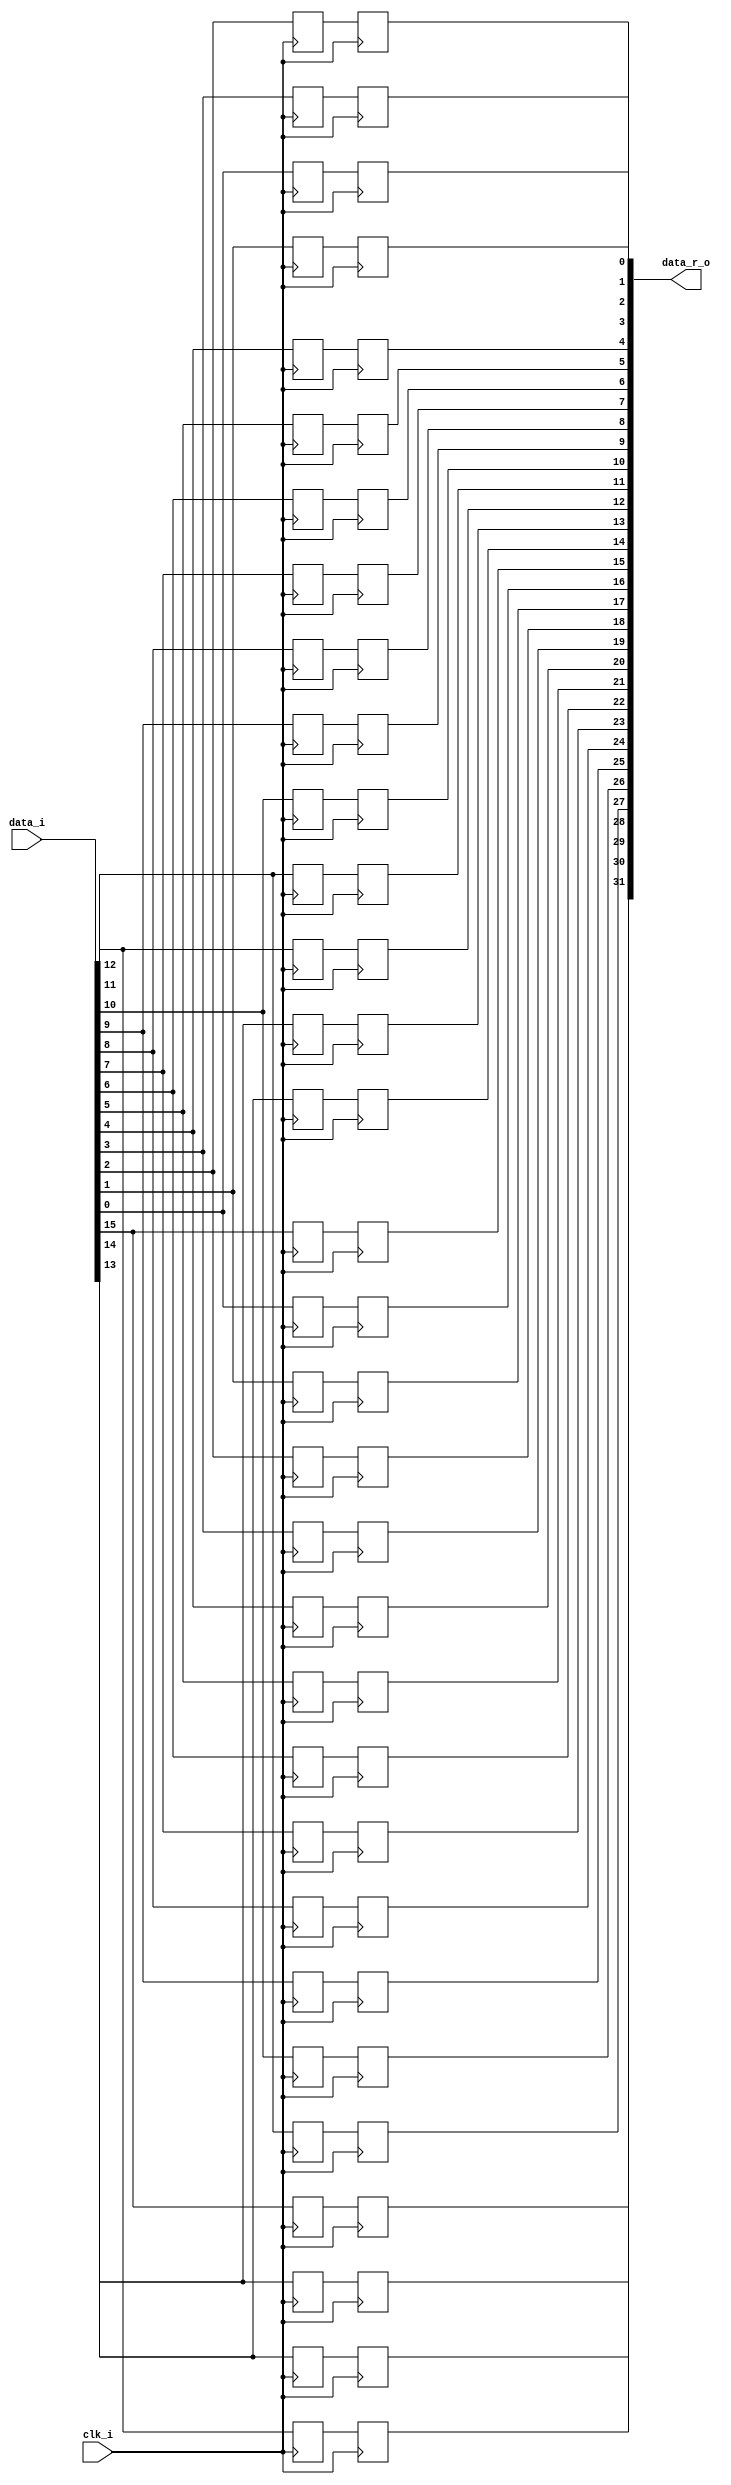
/* Generated by Yosys 0.27+9 (git sha1 101d19bb6, gcc 11.2.0-7ubuntu2 -fPIC -Os) */

(* top =  1  *)

module bsg_link_iddr_phy(clk_i, data_i, data_r_o);
  
  input clk_i;
  wire clk_i;
  
  input [15:0] data_i;
  wire [15:0] data_i;
  
  reg [15:0] data_n_r;
  
  reg [15:0] data_p_r;
  
  output [31:0] data_r_o;
  wire [31:0] data_r_o;
  
  reg [31:0] data_rr;
  (* \always_ff  = 32'd1 *)
  
  always @(posedge clk_i)
    data_rr[16] <= data_n_r[0];
  (* \always_ff  = 32'd1 *)
  
  always @(posedge clk_i)
    data_rr[17] <= data_n_r[1];
  (* \always_ff  = 32'd1 *)
  
  always @(posedge clk_i)
    data_rr[18] <= data_n_r[2];
  (* \always_ff  = 32'd1 *)
  
  always @(posedge clk_i)
    data_rr[19] <= data_n_r[3];
  (* \always_ff  = 32'd1 *)
  
  always @(posedge clk_i)
    data_rr[20] <= data_n_r[4];
  (* \always_ff  = 32'd1 *)
  
  always @(posedge clk_i)
    data_rr[21] <= data_n_r[5];
  (* \always_ff  = 32'd1 *)
  
  always @(posedge clk_i)
    data_rr[22] <= data_n_r[6];
  (* \always_ff  = 32'd1 *)
  
  always @(posedge clk_i)
    data_rr[23] <= data_n_r[7];
  (* \always_ff  = 32'd1 *)
  
  always @(posedge clk_i)
    data_rr[24] <= data_n_r[8];
  (* \always_ff  = 32'd1 *)
  
  always @(posedge clk_i)
    data_rr[25] <= data_n_r[9];
  (* \always_ff  = 32'd1 *)
  
  always @(posedge clk_i)
    data_rr[26] <= data_n_r[10];
  (* \always_ff  = 32'd1 *)
  
  always @(posedge clk_i)
    data_rr[27] <= data_n_r[11];
  (* \always_ff  = 32'd1 *)
  
  always @(posedge clk_i)
    data_rr[28] <= data_n_r[12];
  (* \always_ff  = 32'd1 *)
  
  always @(posedge clk_i)
    data_rr[29] <= data_n_r[13];
  (* \always_ff  = 32'd1 *)
  
  always @(posedge clk_i)
    data_rr[30] <= data_n_r[14];
  (* \always_ff  = 32'd1 *)
  
  always @(posedge clk_i)
    data_rr[31] <= data_n_r[15];
  (* \always_ff  = 32'd1 *)
  
  always @(negedge clk_i)
    data_n_r[0] <= data_i[0];
  (* \always_ff  = 32'd1 *)
  
  always @(negedge clk_i)
    data_n_r[1] <= data_i[1];
  (* \always_ff  = 32'd1 *)
  
  always @(negedge clk_i)
    data_n_r[2] <= data_i[2];
  (* \always_ff  = 32'd1 *)
  
  always @(negedge clk_i)
    data_n_r[3] <= data_i[3];
  (* \always_ff  = 32'd1 *)
  
  always @(negedge clk_i)
    data_n_r[4] <= data_i[4];
  (* \always_ff  = 32'd1 *)
  
  always @(negedge clk_i)
    data_n_r[5] <= data_i[5];
  (* \always_ff  = 32'd1 *)
  
  always @(negedge clk_i)
    data_n_r[6] <= data_i[6];
  (* \always_ff  = 32'd1 *)
  
  always @(negedge clk_i)
    data_n_r[7] <= data_i[7];
  (* \always_ff  = 32'd1 *)
  
  always @(negedge clk_i)
    data_n_r[8] <= data_i[8];
  (* \always_ff  = 32'd1 *)
  
  always @(negedge clk_i)
    data_n_r[9] <= data_i[9];
  (* \always_ff  = 32'd1 *)
  
  always @(negedge clk_i)
    data_n_r[10] <= data_i[10];
  (* \always_ff  = 32'd1 *)
  
  always @(negedge clk_i)
    data_n_r[11] <= data_i[11];
  (* \always_ff  = 32'd1 *)
  
  always @(negedge clk_i)
    data_n_r[12] <= data_i[12];
  (* \always_ff  = 32'd1 *)
  
  always @(negedge clk_i)
    data_n_r[13] <= data_i[13];
  (* \always_ff  = 32'd1 *)
  
  always @(negedge clk_i)
    data_n_r[14] <= data_i[14];
  (* \always_ff  = 32'd1 *)
  
  always @(negedge clk_i)
    data_n_r[15] <= data_i[15];
  (* \always_ff  = 32'd1 *)
  
  always @(posedge clk_i)
    data_p_r[0] <= data_i[0];
  (* \always_ff  = 32'd1 *)
  
  always @(posedge clk_i)
    data_p_r[1] <= data_i[1];
  (* \always_ff  = 32'd1 *)
  
  always @(posedge clk_i)
    data_p_r[2] <= data_i[2];
  (* \always_ff  = 32'd1 *)
  
  always @(posedge clk_i)
    data_p_r[3] <= data_i[3];
  (* \always_ff  = 32'd1 *)
  
  always @(posedge clk_i)
    data_p_r[4] <= data_i[4];
  (* \always_ff  = 32'd1 *)
  
  always @(posedge clk_i)
    data_p_r[5] <= data_i[5];
  (* \always_ff  = 32'd1 *)
  
  always @(posedge clk_i)
    data_p_r[6] <= data_i[6];
  (* \always_ff  = 32'd1 *)
  
  always @(posedge clk_i)
    data_p_r[7] <= data_i[7];
  (* \always_ff  = 32'd1 *)
  
  always @(posedge clk_i)
    data_p_r[8] <= data_i[8];
  (* \always_ff  = 32'd1 *)
  
  always @(posedge clk_i)
    data_p_r[9] <= data_i[9];
  (* \always_ff  = 32'd1 *)
  
  always @(posedge clk_i)
    data_p_r[10] <= data_i[10];
  (* \always_ff  = 32'd1 *)
  
  always @(posedge clk_i)
    data_p_r[11] <= data_i[11];
  (* \always_ff  = 32'd1 *)
  
  always @(posedge clk_i)
    data_p_r[12] <= data_i[12];
  (* \always_ff  = 32'd1 *)
  
  always @(posedge clk_i)
    data_p_r[13] <= data_i[13];
  (* \always_ff  = 32'd1 *)
  
  always @(posedge clk_i)
    data_p_r[14] <= data_i[14];
  (* \always_ff  = 32'd1 *)
  
  always @(posedge clk_i)
    data_p_r[15] <= data_i[15];
  (* \always_ff  = 32'd1 *)
  
  always @(posedge clk_i)
    data_rr[0] <= data_p_r[0];
  (* \always_ff  = 32'd1 *)
  
  always @(posedge clk_i)
    data_rr[1] <= data_p_r[1];
  (* \always_ff  = 32'd1 *)
  
  always @(posedge clk_i)
    data_rr[2] <= data_p_r[2];
  (* \always_ff  = 32'd1 *)
  
  always @(posedge clk_i)
    data_rr[3] <= data_p_r[3];
  (* \always_ff  = 32'd1 *)
  
  always @(posedge clk_i)
    data_rr[4] <= data_p_r[4];
  (* \always_ff  = 32'd1 *)
  
  always @(posedge clk_i)
    data_rr[5] <= data_p_r[5];
  (* \always_ff  = 32'd1 *)
  
  always @(posedge clk_i)
    data_rr[6] <= data_p_r[6];
  (* \always_ff  = 32'd1 *)
  
  always @(posedge clk_i)
    data_rr[7] <= data_p_r[7];
  (* \always_ff  = 32'd1 *)
  
  always @(posedge clk_i)
    data_rr[8] <= data_p_r[8];
  (* \always_ff  = 32'd1 *)
  
  always @(posedge clk_i)
    data_rr[9] <= data_p_r[9];
  (* \always_ff  = 32'd1 *)
  
  always @(posedge clk_i)
    data_rr[10] <= data_p_r[10];
  (* \always_ff  = 32'd1 *)
  
  always @(posedge clk_i)
    data_rr[11] <= data_p_r[11];
  (* \always_ff  = 32'd1 *)
  
  always @(posedge clk_i)
    data_rr[12] <= data_p_r[12];
  (* \always_ff  = 32'd1 *)
  
  always @(posedge clk_i)
    data_rr[13] <= data_p_r[13];
  (* \always_ff  = 32'd1 *)
  
  always @(posedge clk_i)
    data_rr[14] <= data_p_r[14];
  (* \always_ff  = 32'd1 *)
  
  always @(posedge clk_i)
    data_rr[15] <= data_p_r[15];
  assign data_r_o = data_rr;
endmodule